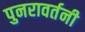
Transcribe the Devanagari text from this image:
पुनरावर्तनी